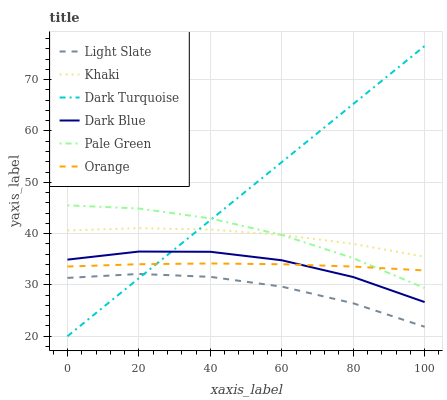
| xaxis_label | Light Slate | Khaki | Dark Turquoise | Dark Blue | Pale Green | Orange |
 | --- | --- | --- | --- | --- | --- | --- |
 | 0 | 31.4 | 40.6 | 20 | 34.9 | 45.5 | 33.6 |
 | 20 | 32.1 | 41.1 | 31.3 | 36.5 | 44.9 | 34 |
 | 40 | 31.6 | 40.8 | 42.6 | 36.5 | 43 | 34.2 |
 | 60 | 29.7 | 39.8 | 53.9 | 34.8 | 39.7 | 34 |
 | 80 | 26.4 | 38 | 65.2 | 31.5 | 35.2 | 33.6 |
 | 100 | 21.8 | 35.5 | 76.6 | 26.7 | 29.4 | 32.8 |